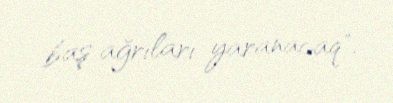
baş ağrıları yaranacaq".